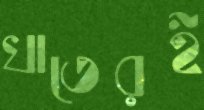
খাতেরই